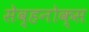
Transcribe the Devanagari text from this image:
सेव्हनोक्स